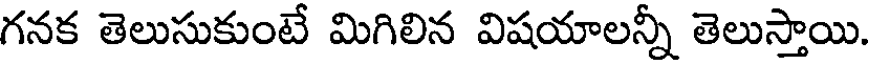
గనక తెలుసుకుంటే మిగిలిన విషయాలన్నీ తెలుస్తాయి.